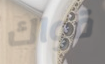
قواك